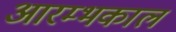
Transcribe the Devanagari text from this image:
आरम्भकाल